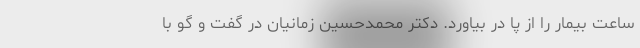
ساعت بیمار را از پا در بیاورد. دکتر محمدحسین زمانیان در گفت و گو با